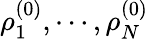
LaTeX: \rho_{1}^{(0)},\cdots,\rho_{N}^{(0)}